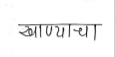
मजकूर: खाण्याचा